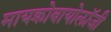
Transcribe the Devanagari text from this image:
मायक्रोबायोलॉजी